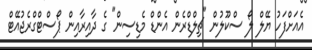
އެއަށްފަހު ޔޭލް ލޯ ސްކޫލުން "ޗިލްޑްރެން އެންޑް މެޑިސިން" ގެ ދާއިރާއިން ޕޯސްޓްގްރެޖުއޭޓް